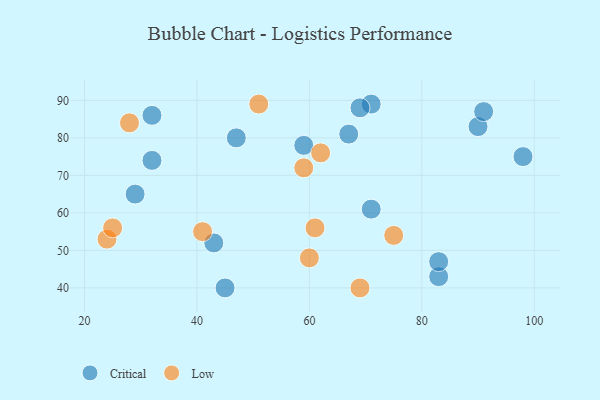
{"axis": {"x": "GDP", "y": "Life Expectancy"}, "legend": ["Critical", "Low"], "data": [{"x": "71", "y": 89, "type": "Critical"}, {"x": "32", "y": 74, "type": "Critical"}, {"x": "71", "y": 61, "type": "Critical"}, {"x": "67", "y": 81, "type": "Critical"}, {"x": "47", "y": 80, "type": "Critical"}, {"x": "83", "y": 43, "type": "Critical"}, {"x": "83", "y": 47, "type": "Critical"}, {"x": "90", "y": 83, "type": "Critical"}, {"x": "98", "y": 75, "type": "Critical"}, {"x": "59", "y": 78, "type": "Critical"}, {"x": "43", "y": 52, "type": "Critical"}, {"x": "32", "y": 86, "type": "Critical"}, {"x": "29", "y": 65, "type": "Critical"}, {"x": "91", "y": 87, "type": "Critical"}, {"x": "45", "y": 40, "type": "Critical"}, {"x": "69", "y": 88, "type": "Critical"}, {"x": "41", "y": 55, "type": "Low"}, {"x": "61", "y": 56, "type": "Low"}, {"x": "28", "y": 84, "type": "Low"}, {"x": "69", "y": 40, "type": "Low"}, {"x": "24", "y": 53, "type": "Low"}, {"x": "51", "y": 89, "type": "Low"}, {"x": "60", "y": 48, "type": "Low"}, {"x": "75", "y": 54, "type": "Low"}, {"x": "25", "y": 56, "type": "Low"}, {"x": "62", "y": 76, "type": "Low"}, {"x": "59", "y": 72, "type": "Low"}]}